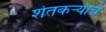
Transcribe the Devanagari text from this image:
शेतकऱ्याचे